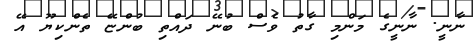
ނާނީ. ނާނީގެ މަންމި ގާތު ވެސް ބުނޭ ދައްތި ބުންޏޭ ތެންކިޔޫ އޭ